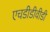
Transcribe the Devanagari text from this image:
एचडीडीवीडी